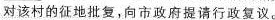
对该村的征地批复，向市政府提请行政复议。